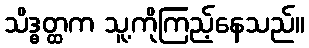
သိဒ္ဓတ္ထက သူ့ကိုကြည့်နေသည်။